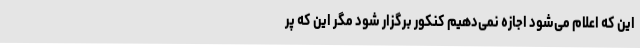
این که اعلام می‌شود اجازه نمی‌دهیم کنکور برگزار شود مگر این که پر